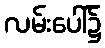
လမ်းပေါ်၌